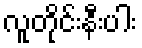
လူတိုင်းနီးပါး